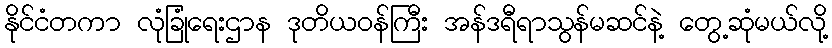
နိုင်ငံတကာ လုံခြုံရေးဌာန ဒုတိယဝန်ကြီး အန်ဒရီရာသွန်မဆင်နဲ့ တွေ့ဆုံမယ်လို့